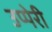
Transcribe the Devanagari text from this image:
उप्पेरी